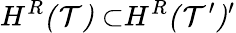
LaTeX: H^{R}{\cal(T)\subset}H^{R}{\cal(T^{\prime})^{\prime}}